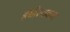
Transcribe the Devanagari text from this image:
हंबीररावास